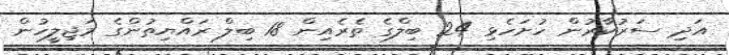
އަދި ސަރުކާރުން ހުށަހެޅި 24 ބިލްގެ ތެރެއިން 18 ބިލް ރައްޔިތުންގެ މަޖިލީހުން